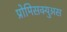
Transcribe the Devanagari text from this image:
प्रोमिसक्युअस